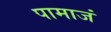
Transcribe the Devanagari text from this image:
पामाजं